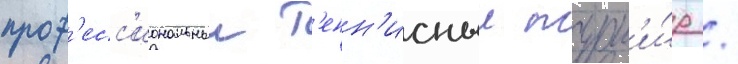
проф'есс'иональныи т'енн'исныи турн'и́р /